Source: Handwritten
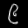
Digit: ၉ (9)